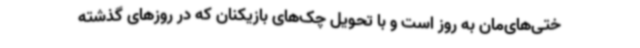
ختی‌های‌مان به روز است و با تحویل چک‌های بازیکنان که در روزهای گذشته